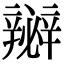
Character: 𨐵